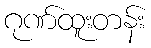
ဂုဏ်ထူးတန်း